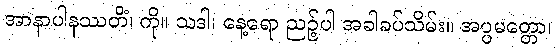
အာနာပါနဿတိံ၊ ကို။ သဒါ၊ နေ့ရော ညဉ့်ပါ အခါခပ်သိမ်း။ အပ္ပမတ္တော၊